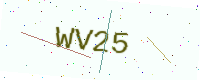
Text: WV25